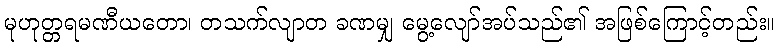
မုဟုတ္တရမဏီယတော၊ တသက်လျာတ ခဏမျှ မွေ့လျော်အပ်သည်၏ အဖြစ်ကြောင့်တည်း။